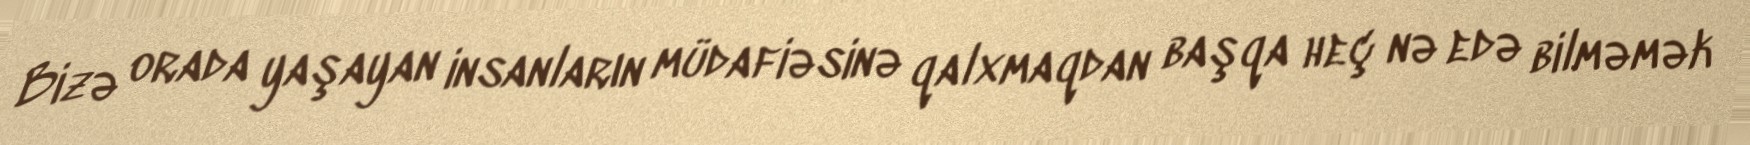
Bizə orada yaşayan insanların müdafiəsinə qalxmaqdan başqa heç nə edə bilməmək